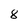
Character: 8